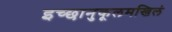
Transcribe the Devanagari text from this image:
इच्छानुकूलमखिलं